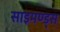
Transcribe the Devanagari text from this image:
साइमण्ड्स